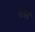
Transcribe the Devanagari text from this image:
तसेे